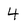
Character: 4